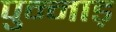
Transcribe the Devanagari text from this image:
पुन्नाड़